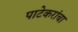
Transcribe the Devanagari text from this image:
पाटेकरांचा